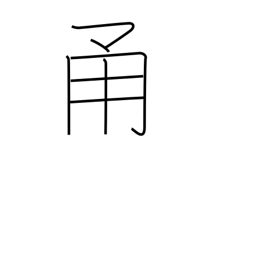
Meaning: road with walls on both sides